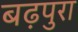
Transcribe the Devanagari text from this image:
बढ़पुरा